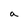
Character: a